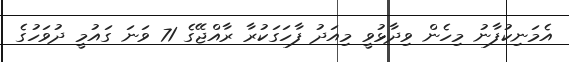
އެމަނިކުފާނު މިހެން ވިދާޅުވީ މިއަދު ފާހަގަކުރާ ރާއްޖޭގެ 71 ވަނަ ގައުމީ ދުވަހުގެ